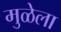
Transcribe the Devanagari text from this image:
मुळेला